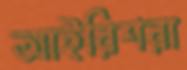
আইরিশরা